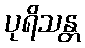
ပုရိသန္တ